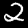
Label: 2